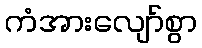
ကံအားလျော်စွာ